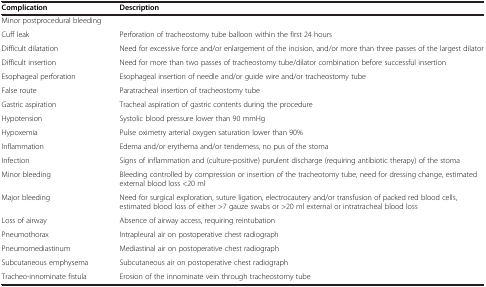
| Complication | Description |
 | --- | --- |
 | <COLSPAN=2> Minor postprocedural bleeding |
 | Cuff leak | Perforation of tracheostomy tube balloon within the first 24 hours |
 | Difficult dilatation | Need for excessive force and/or enlargement of the incision, and/or more than three passes of the largest dilator |
 | Difficult insertion | Need for more than two passes of tracheostomy tube/dilator combination before successful insertion |
 | Esophageal perforation | Esophageal insertion of needle and/or guide wire and/or tracheostomy tube |
 | False route | Paratracheal insertion of tracheostomy tube |
 | Gastric aspiration | Tracheal aspiration of gastric contents during the procedure |
 | Hypotension | Systolic blood pressure lower than 90 mmHg |
 | Hypoxemia | Pulse oximetry arterial oxygen saturation lower than 90% |
 | Inflammation | Edema and/or erythema and/or tenderness, no pus of the stoma |
 | Infection | Signs of inflammation and (culture-positive) purulent discharge (requiring antibiotic therapy) of the stoma |
 | Minor bleeding | Bleeding controlled by compression or insertion of the tracheotomy tube, need for dressing change, estimated external blood loss <20 ml |
 | Major bleeding | Need for surgical exploration, suture ligation, electrocautery and/or transfusion of packed red blood cells, estimated blood loss of either >7 gauze swabs or >20 ml external or intratracheal blood loss |
 | Loss of airway | Absence of airway access, requiring reintubation |
 | Pneumothorax | Intrapleural air on postoperative chest radiograph |
 | Pneumomediastinum | Mediastinal air on postoperative chest radiograph |
 | Subcutaneous emphysema | Subcutaneous air on postoperative chest radiograph |
 | Tracheo-innominate fistula | Erosion of the innominate vein through tracheostomy tube |